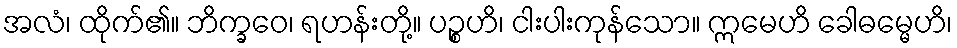
အလံ၊ ထိုက်၏။ ဘိက္ခဝေ၊ ရဟန်းတို့။ ပဉ္စဟိ၊ ငါးပါးကုန်သော။ ဣမေဟိ ခေါဓမ္မေဟိ၊